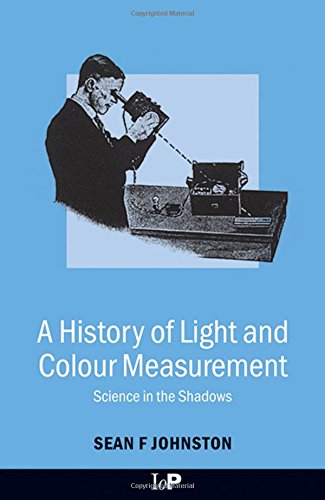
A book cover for A History of Light & Colour Measurement: Science in the Shadows; Sean F. Johnston; Science & Math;